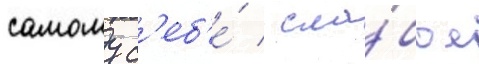
самому с'еб'е́ / сла́бое